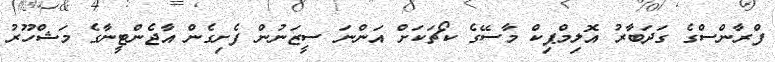
ފްރާންސްގެ ގަދަބާރު އޮލިމްޕިކް މާސޭގެ ކޯޗަކަށް އަންނަ ސީޒަނުން ފެށިގެން އާޖެންޓީނާގެ މަޝްހޫރު